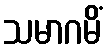
သမာဂမိံ